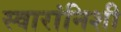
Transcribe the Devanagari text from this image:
स्वारांनिशी